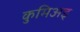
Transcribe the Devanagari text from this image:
कुमिअइ